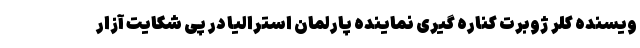
ویسنده کلر ژوبرت کناره گیری نماینده پارلمان استرالیا در پی شکایت آزار